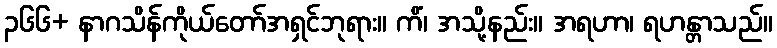
၃၆၆+ နာဂသိန်ကိုယ်တော်အရှင်ဘုရား။ ကိံ၊ အသို့နည်း။ အရဟာ၊ ရဟန္တာသည်။